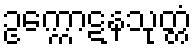
ဥက္ကောဋနသုတ္တံ